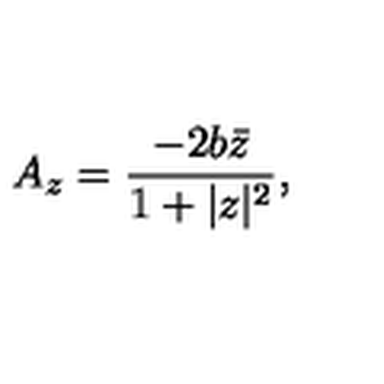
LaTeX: A _ { z } = \frac { - 2 b \bar { z } } { 1 + | z | ^ { 2 } } ,